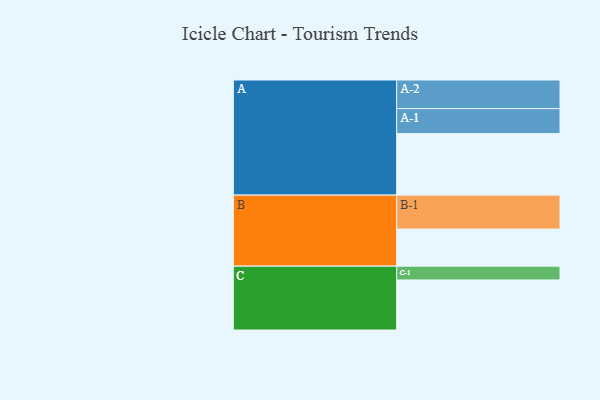
{"axis": {"x": "Segment", "y": "Value"}, "legend": ["", "A", "B", "C"], "data": [{"x": "A", "y": 516, "type": ""}, {"x": "B", "y": 311, "type": ""}, {"x": "C", "y": 420, "type": ""}, {"x": "A-1", "y": 210, "type": "A"}, {"x": "A-2", "y": 240, "type": "A"}, {"x": "B-1", "y": 285, "type": "B"}, {"x": "C-1", "y": 116, "type": "C"}]}